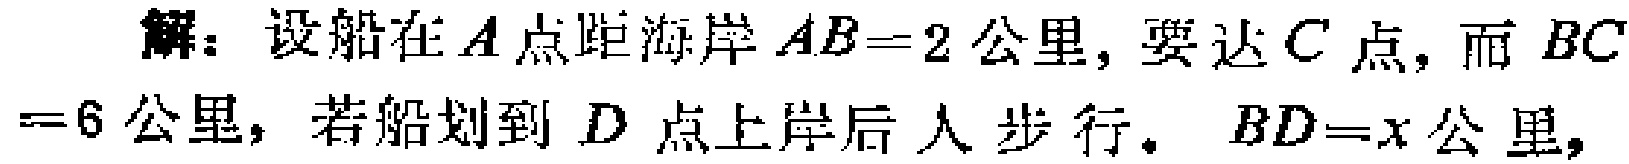
解：设船在\(A\)点距海岸\(AB = 2\)公里，要达\(C\)点，而\(BC = 6\)公里，若船划到\(D\)点上岸后人步行。\(BD = x\)公里，